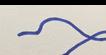
Signature authenticity: forged